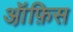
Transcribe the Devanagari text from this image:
ऑ़फ़िस